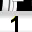
Digit: 1